Report of the Indian Hemp Drugs Commission, 1894-1895 - Volume VI
Year: 1894
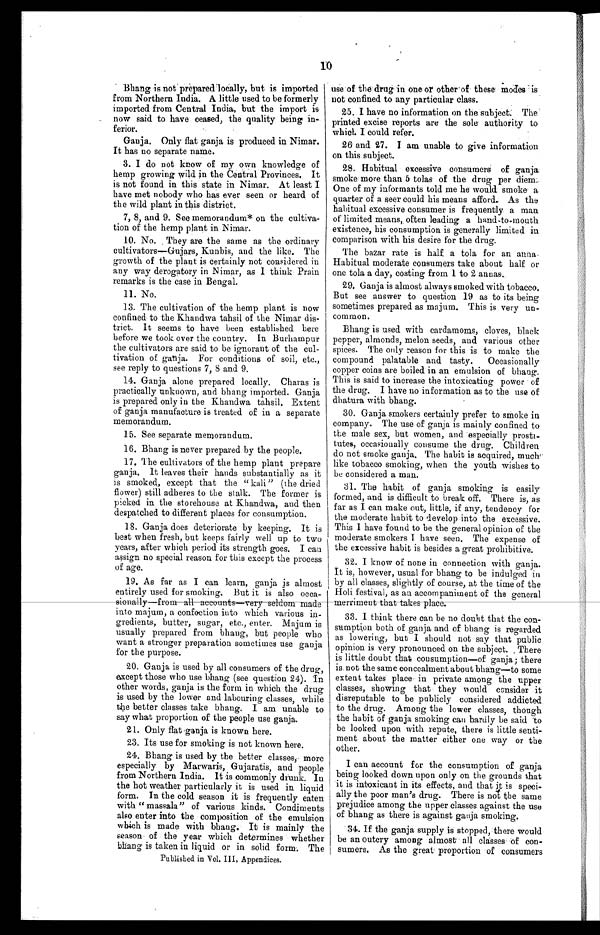
10
Bhang is not . prepared locally, but is imported
from Northern India. A little used to be formerly
imported from Central India, but the import is
now said to have ceased, the quality being in--
ferior.
Ganja. Only flat ganja is produced in Nimar.
It has no separate name.
3. I do not know of my own knowledge of
hemp growing wild in the Central Provinces. It
is not found in this state in Nimar. At least I
have met nobody who has ever seen or heard of
the wild plant in this district.
7, 8, and 9. See memorandum* on the cultiva--
tion of the hemp plant in Nimar.
10. No. They are the same as the ordinary
cultivators—(Gujars, Kunbis, and the like. The
growth of the plant is certainly not considered in
any way derogatory in Nimar, as I think Prain
remarks is the case in Bengal.
11. No.
13. The cultivation of the hemp plant is now
confined to the Khandwa tahsil of the Nimar dis-
- t r i c t . I t s e e m s t o h a v e b e e n e s t a b l i s h e d h e r e
before we took over the country. In Burhampur
the cultivators are said to be ignorant of the cul--
tivation of ganja. For conditions of soil, etc.,
see reply to questions 7, 8 and 9.
14. Ganja alone prepared locally. Charas is
practically unknown, and bhang imported. Ganja
is prepared only in the Khandwa tahsil. Extent
of ganja manufacture is treated of in a separate
memorandum.
15. See separate memorandum.
16. Bhang is never prepared by the people.
17. The cultivators of the hemp plant prepare
ganja. It leaves their hands substantially as it
is smoked, except that the " kali" (the dried
flower) still adheres to the stalk. The former is
picked in the storehouse at Khandwa, and then
despatched to different places for consumption.
18. Ganja does deteriorate by keeping. It is
best when fresh, but keeps fairly well up to two
years, after which period its strength goes. I can
assign no special reason for this except the process
of age.
19. As far as I can learn, ganja is almost
entirely used for smoking. But it is also occa--
sionally— from all accounts—very seldom made
into majum, a confection into which various in
- g r e d i e n t s , b u t t e r , s u g a r , e t c . , e n t e r . M a j u m i s
usually prepared from bhang, but people who
want a stronger preparation sometimes use ganja
for the purpose.
20. Ganja is used by all consumers of the drug,
except those who use bhang (see question 24). In
other words, ganja is the form in which the drug
is used by the lower and labouring classes, while
the better classes take bhang. I am unable to
say what proportion of the people use ganja.
21. Only flat ganja is known here.
23. Its use for smoking is not known here.
24. Bhang is used by the better classes, more
especially by Marwaris, Gujaratis, and people
from Northern India. It is commonly drunk. In
the hot weather particularly it is used in liquid
form. In the cold season it is frequently eaten
with " massala" of various kinds. Condiments
also enter into the composition of the emulsion
which is made with bhang. It is mainly the
season of the year which determines whether
bhang is taken in liquid or in solid form. The
use of the drug in one or other of these modes is
not confined to any particular class.
25. I have no information on the subject: The
printed excise reports are the sole authority to
which I could refer.
26 and 27. I am unable to give information
on this subject.
28. Habitual excessive consumers of ganja
smoke more than 5 tolas of the drug per diem.
One of my informants told me he would smoke a
quarter of a seer could his means afford. As the
habitual excessive consumer is frequently a man
of limited means, often leading a hand-to-mouth
existence, his consumption is generally limited in
comparison with his desire for the drug.
The bazar rate is half a tola for an anna.
Habitual moderate consumers take about half or
one tola a day, costing from 1 to 2 annas.
29. Ganja is almost always smoked with tobacco.
But see answer to question 19 as to its being
sometimes prepared as majum. This is very un
- c o m m o n .
Bhang is used with cardamoms, cloves, black
pepper, almonds, melon seeds, and various other
spices. The only reason for this is to make the
compound palatable and tasty. Occasionally
copper coins are boiled in an emulsion of bhang.
This is said to increase the intoxicating power of
the drug. I have no information as to the use of
dhatura with bhang.
30. Ganja smokers certainly prefer to smoke in
company. The use of ganja is mainly confined to
the male sex, but women, and especially prosti
-tutes, occasionally consume the drug. Children
do not smoke ganja. The habit is acquired, much'
like tobacco smoking, when the youth wishes to
be considered a man.
31. The habit of ganja smoking is easily
formed, and is difficult to break off. There is, as
far as I can make out, little, if any, tendency for
the moderate habit to develop into the excessive.
This I have found to be the general opinion of the
moderate smokers I have seen. The expense of
the excessive habit is besides a great prohibitive.
32. I know of none in connection with ganja.
It is, however, usual for bhang to be indulged in
by all classes, slightly of course, at the time of the
Holi festival, as an accompaniment of the general
meri ment t hat t akes pl ace.
33. I think there can be no doubt that the con-
sumption both of ganja and of bhang is regarded
as lowering, but I should not say that public
opinion is very pronounced on the subject. . There
is little doubt that consumption—of ganja ; there
is not the same concealment about bhang—to some
extent takes place in private among the upper
classes, showing that they would consider it
disreputable to be publicly considered addicted
to the drug. Among the lower classes, though
the habit of ganja smoking can hardly be said 'to
be looked upon with repute, there is little senti--
ment about the matter either one way or the
other.
I can account for the consumption of ganja
being looked down upon only on the grounds that
it is intoxicant in its effects, and that it is speci-
ally the poor man's drug. There is not the same
prejudice among the upper classes against the use
of bhang as there is against ganja smoking.
.31. If the ganja supply is stopped, there would
be an outcry among almost all classes of con
- s u m e r s . A s t h e g r e a t p r o p o r t i o n o f c o n s u m e r s
Published in Vol. III, Appendices.